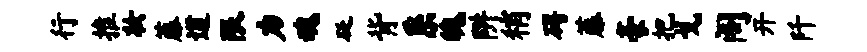
行推妆藤道限力魂砭背系魄阱稍碍藤豪把戈阁开阡